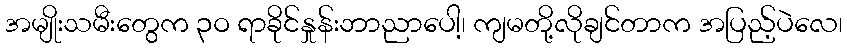
အမျိုးသမီးတွေက ၃ဝ ရာခိုင်နှုန်းဘာညာပေါ့၊ ကျမတို့လိုချင်တာက အပြည့်ပဲလေ၊